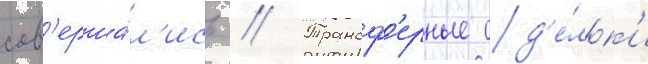
сов'ерша́л'ись // Трансф'ерные сд'е́лк'и